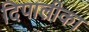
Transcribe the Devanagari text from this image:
दिपालीका